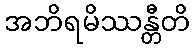
အဘိရမိဿန္တီတိ